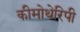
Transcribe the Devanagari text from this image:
कीमोथेरिपी